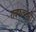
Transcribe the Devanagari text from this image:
रायफलधारी